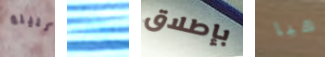
الليلة كان بإطلاق هيا